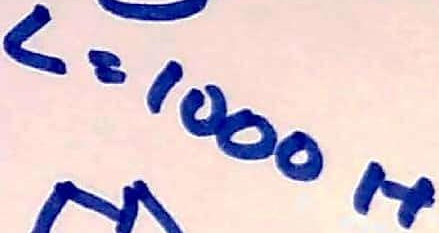
Text: L=1000H